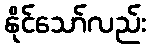
နိုင်သော်လည်း